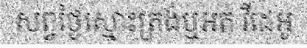
សព្វថ្ងៃស្មោះត្រង់ឬអត់ វីដេអូ